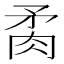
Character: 𦚇